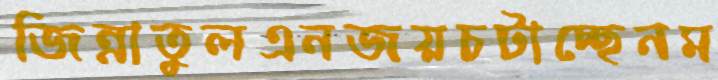
জিন্নাতুলএনজয়চটাচ্ছেনম